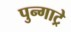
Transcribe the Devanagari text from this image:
पुन्गाट्रे